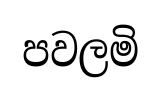
පවලමි